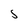
Character: S